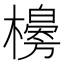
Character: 𣞌